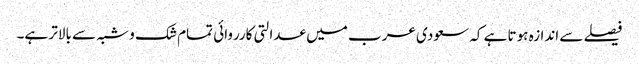
فیصلے سے اندازہ ہوتا ہے کہ سعودی عرب میں عدالتی کارروائی تمام شک و شبہ سے بالاتر ہے۔